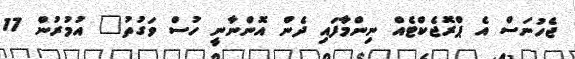
ޖެހުނަސް އެ ޕްރޮޖެކްޓެއް ނިންމާފައި ދެން އޮންނާނީ ހުސް ވަގުތު" އުމުރުން 17